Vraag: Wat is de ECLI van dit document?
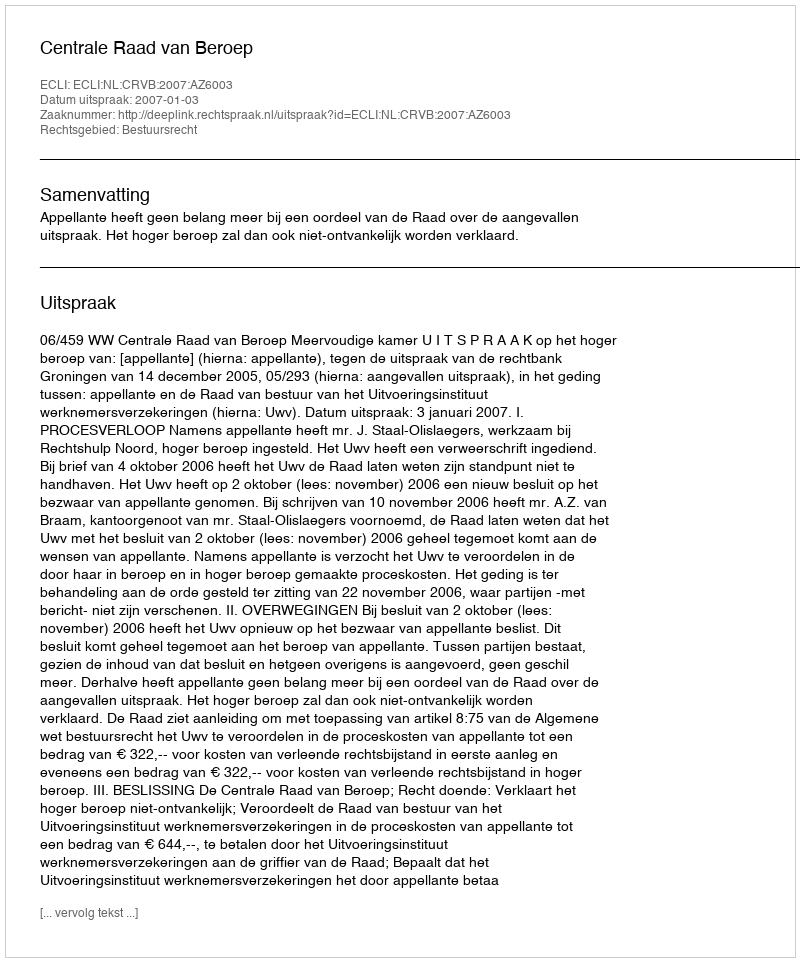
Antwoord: ECLI:NL:CRVB:2007:AZ6003